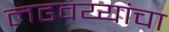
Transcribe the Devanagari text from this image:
लढवय्यांचा